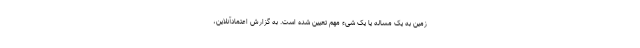
زمین به یک مساله یا یک شیء مهم تعیین شده است. به گزارش اعتمادآنلاین،